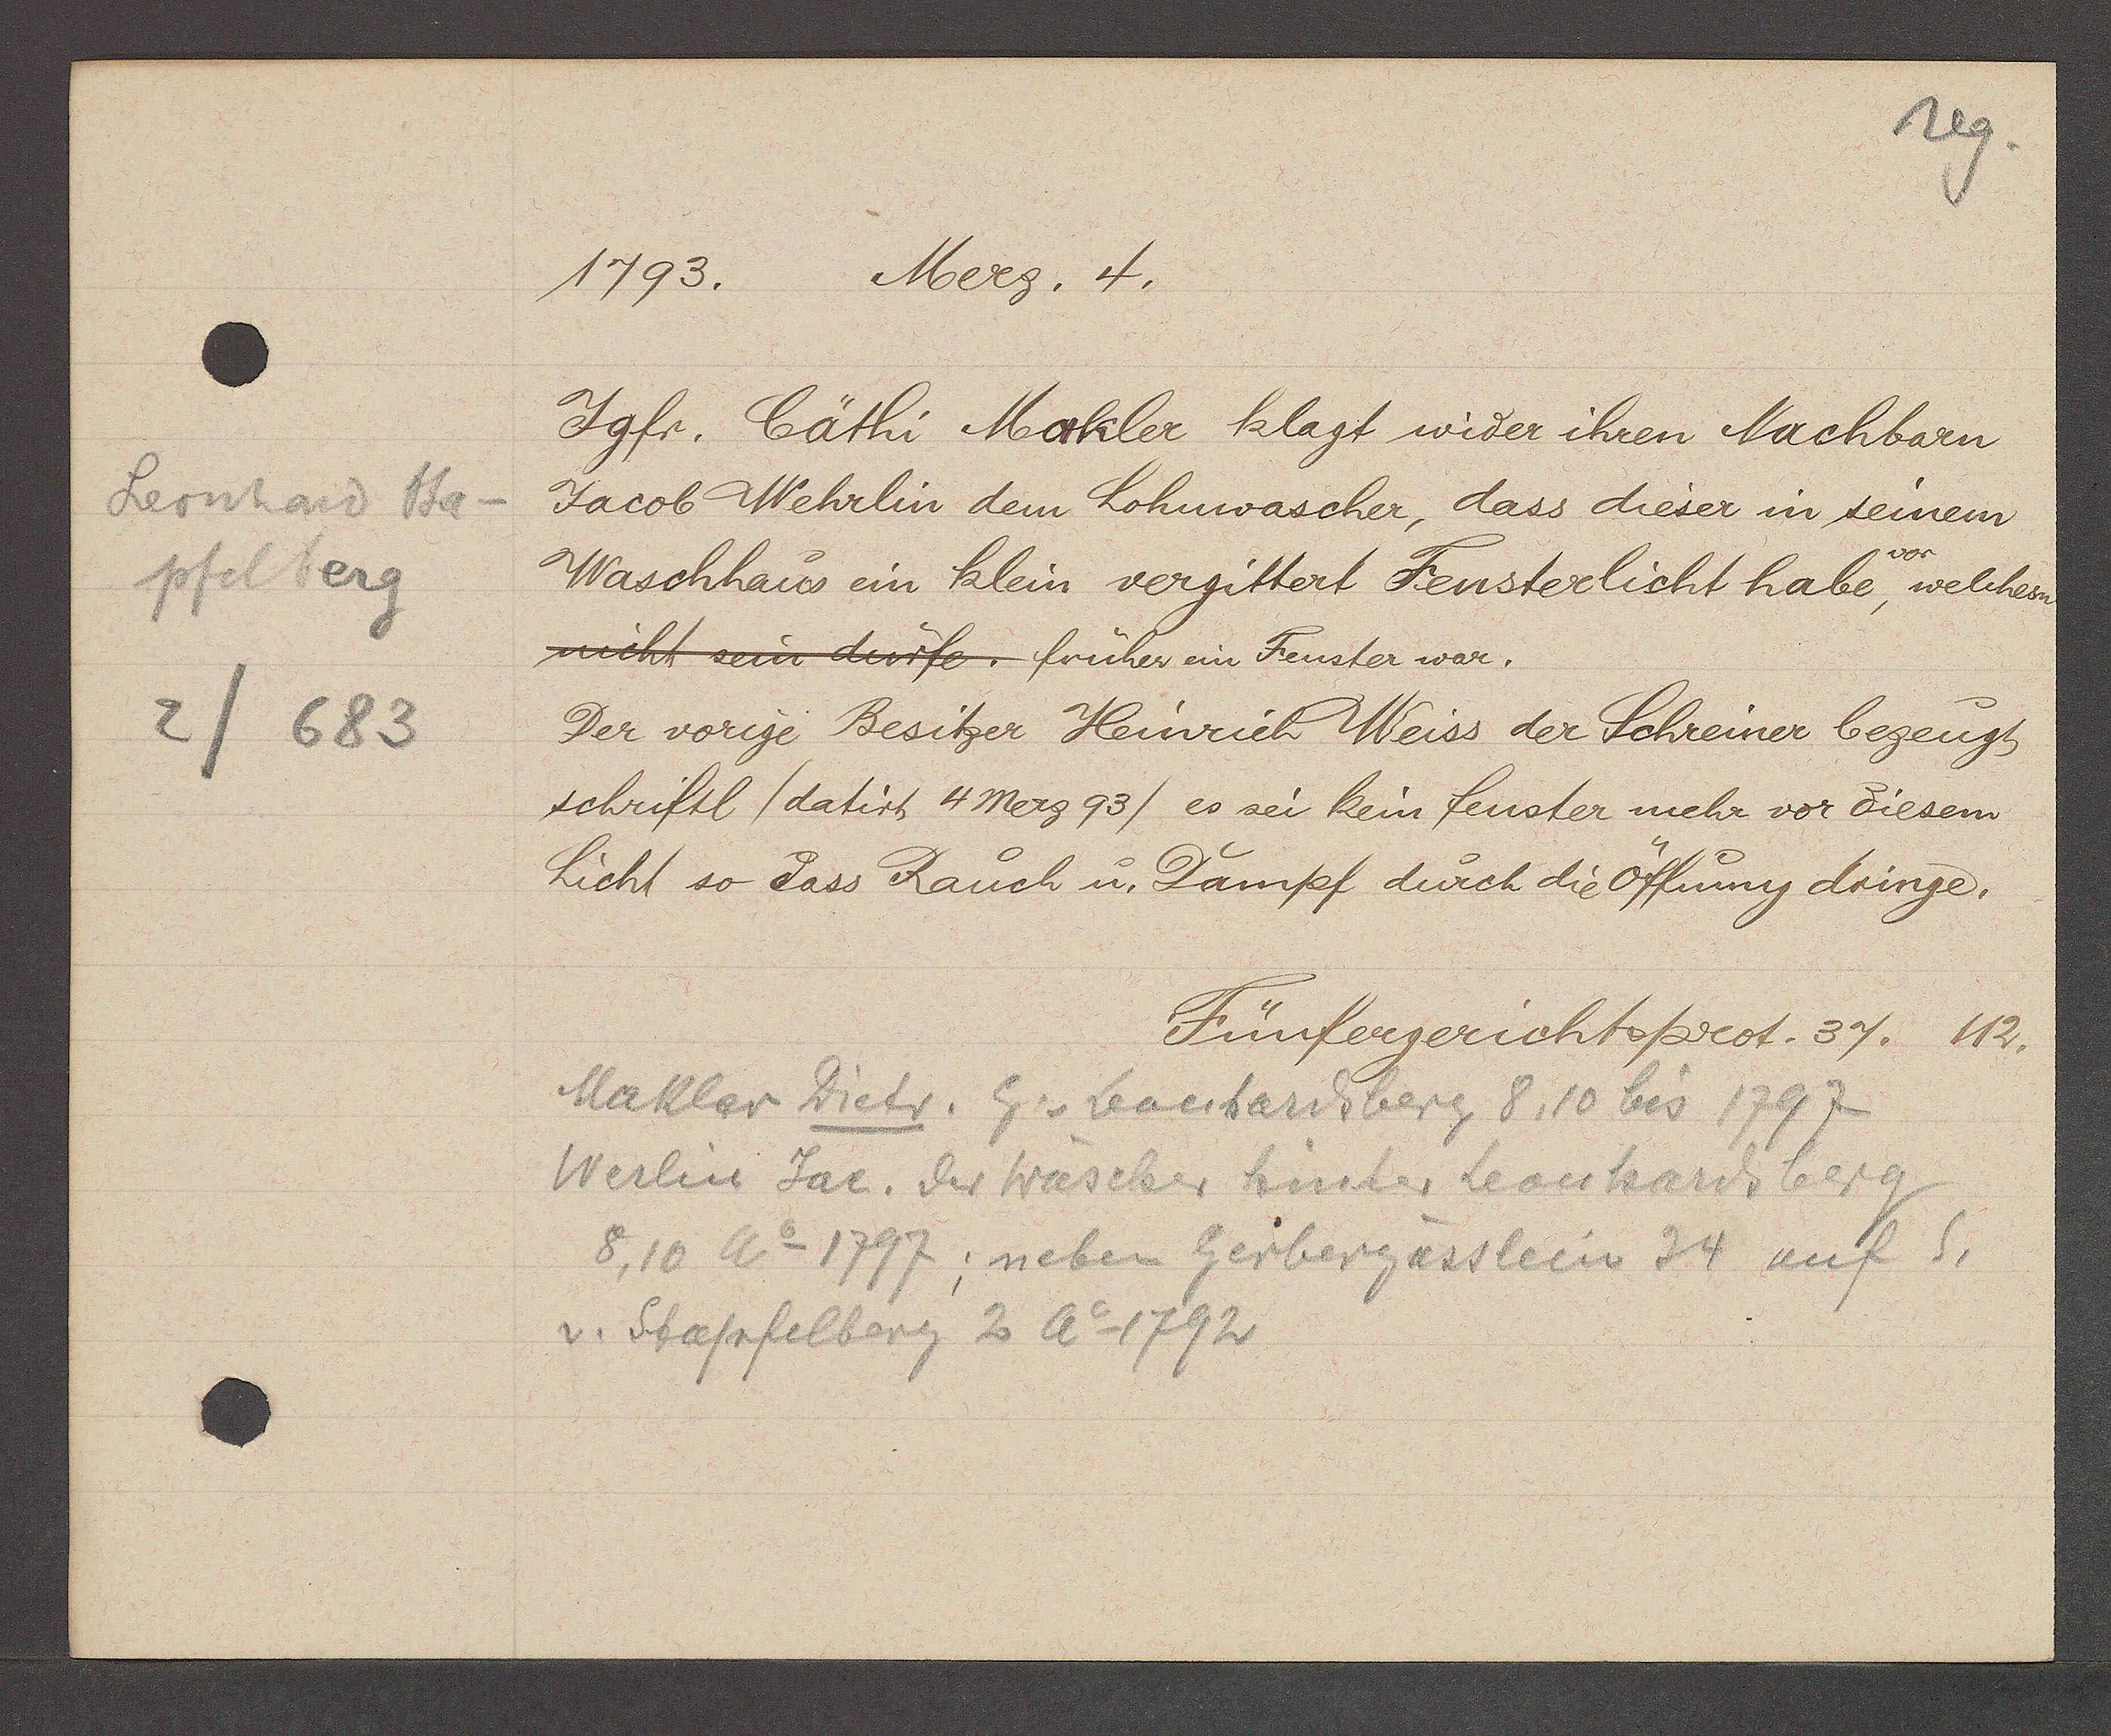
Transcript:
Leonhard Sta-
pfelberg
2/683

1793. Merz. 4.

Jgfr. Cäthi Makler klagt wider ihren Nachbarn
Jacob Wehrlin dem Lohnwascher, dass dieser in seinem
vor
Waschhaus ein klein vergittert Fensterlicht habe, welchem
nicht sein dürfe. früher ein Fenster war.
Der vorige Besitzer Heinrich Weiss der Schreiner bezeugt
schriftl (datirt 4 Merz 93) es sei kein fenster mehr vor diesem
Licht so dass Rauch u. Dampf durch die Offünng dringe.

Fünfergerichtsprot. 37. 112.

Makler Dietr. Eg v Leonhardsberg 8, 10 bis 1797
Werlin Jac. der Wäscher hinter Leonhardsberg
8,10 Ao 1797; neben Gerbergässlein 34 auf S.
v. Stapfelberg 2 Ao 1792